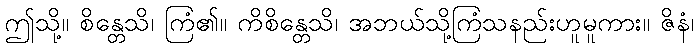
ဤသို့။ စိန္တေသိ၊ ကြံ၏။ ကိစိန္တေသိ၊ အဘယ်သို့ကြံသနည်းဟူမူကား။ ဇိနံ၊